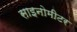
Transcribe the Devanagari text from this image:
साइनोमीटर